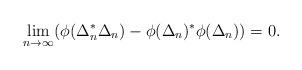
LaTeX: \begin{align*}\lim_{n\to \infty}(\phi(\Delta_n^*\Delta_n) -\phi(\Delta_n)^*\phi(\Delta_n)) =0.\end{align*}